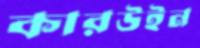
কারউইন